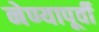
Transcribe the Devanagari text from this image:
नेण्यापूर्वी